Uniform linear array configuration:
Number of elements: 48
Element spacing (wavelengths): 1
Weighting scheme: blackman
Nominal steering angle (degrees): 60
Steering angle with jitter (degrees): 59.39
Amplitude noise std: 0.05
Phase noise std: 0.05

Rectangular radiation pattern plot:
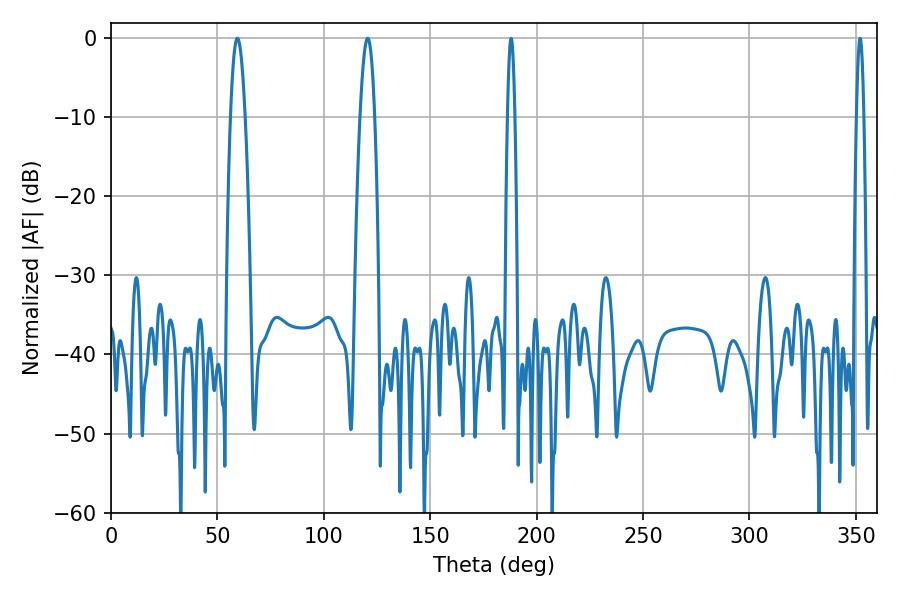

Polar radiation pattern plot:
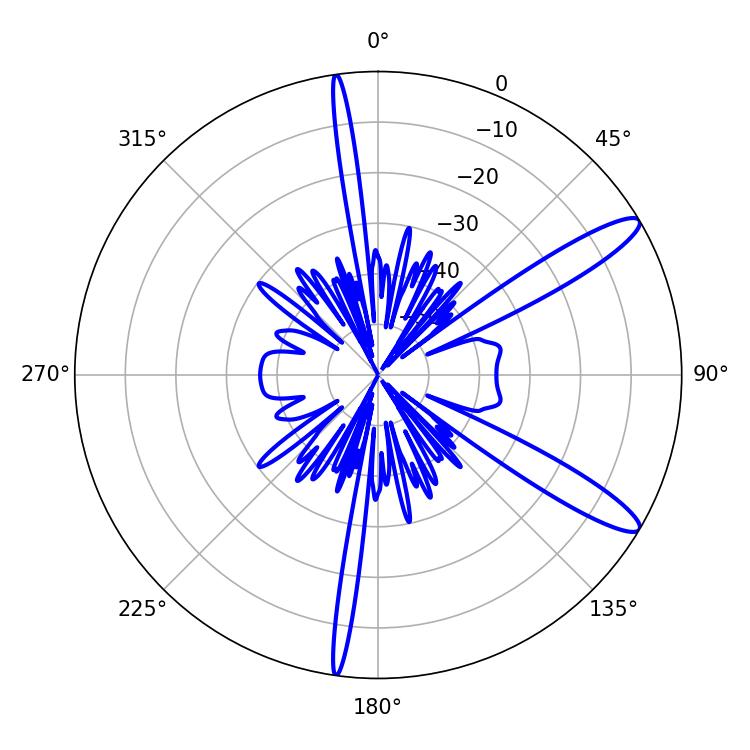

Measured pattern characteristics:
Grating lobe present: TRUE
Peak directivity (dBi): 12.472
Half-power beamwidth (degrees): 3.78
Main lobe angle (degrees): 59.4